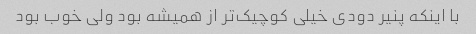
با اینکه پنیر دودى خیلى کوچیک‌تر از همیشه بود ولى خوب بود